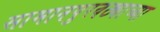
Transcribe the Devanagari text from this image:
सामानपुरवठ्याच्या